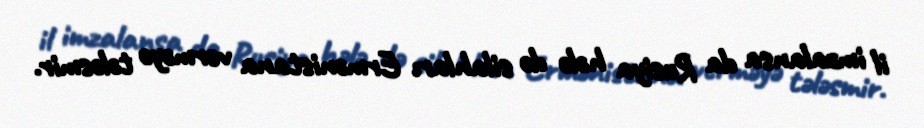
il imzalansa da Rusiya hələ də silahları Ermənistana verməyə tələsmir.